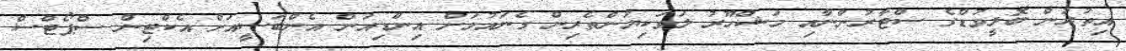
އިތުރުން ބޮލީވުޑްގެ ސްޓާރުންނާއި މަޝްހޫރު ލަވަކިޔުންތެރިން ގެނައުމަށް އިންޑިއަން އެންބަސީއަށް އެކްޓިން ސްޕޯޓްސް